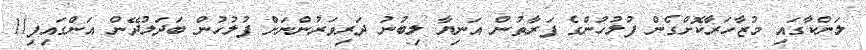
ލަންކާގައި މުޒާހަރާކޮށްގެން ފުލުހުންގެ ފަރާތުން އަނިޔާ ލިބުނު ދަރިވަރުންނަށް ފުލުހުން ބަދަލުދޭން އަންގައިފި11